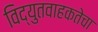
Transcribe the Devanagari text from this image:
विद्युतवाहकतेचा